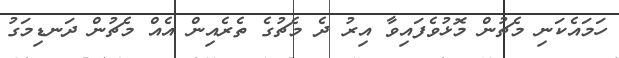
ހަމައެކަނި މެޗުން މޮޅުވެފައިވާ އިރު ދެ މެޗުގެ ތެރެއިން އެއް މެޗުން ދަނޑިމަގު